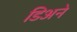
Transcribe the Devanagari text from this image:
डिअने